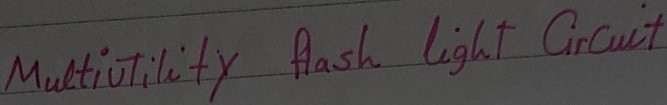
Text: Multiutility  flash  light   Circuit